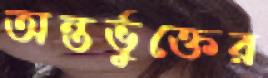
অন্তর্ভুক্তের